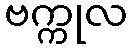
ဗက္ကုလ